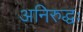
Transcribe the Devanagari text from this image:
अनिरुद्धः